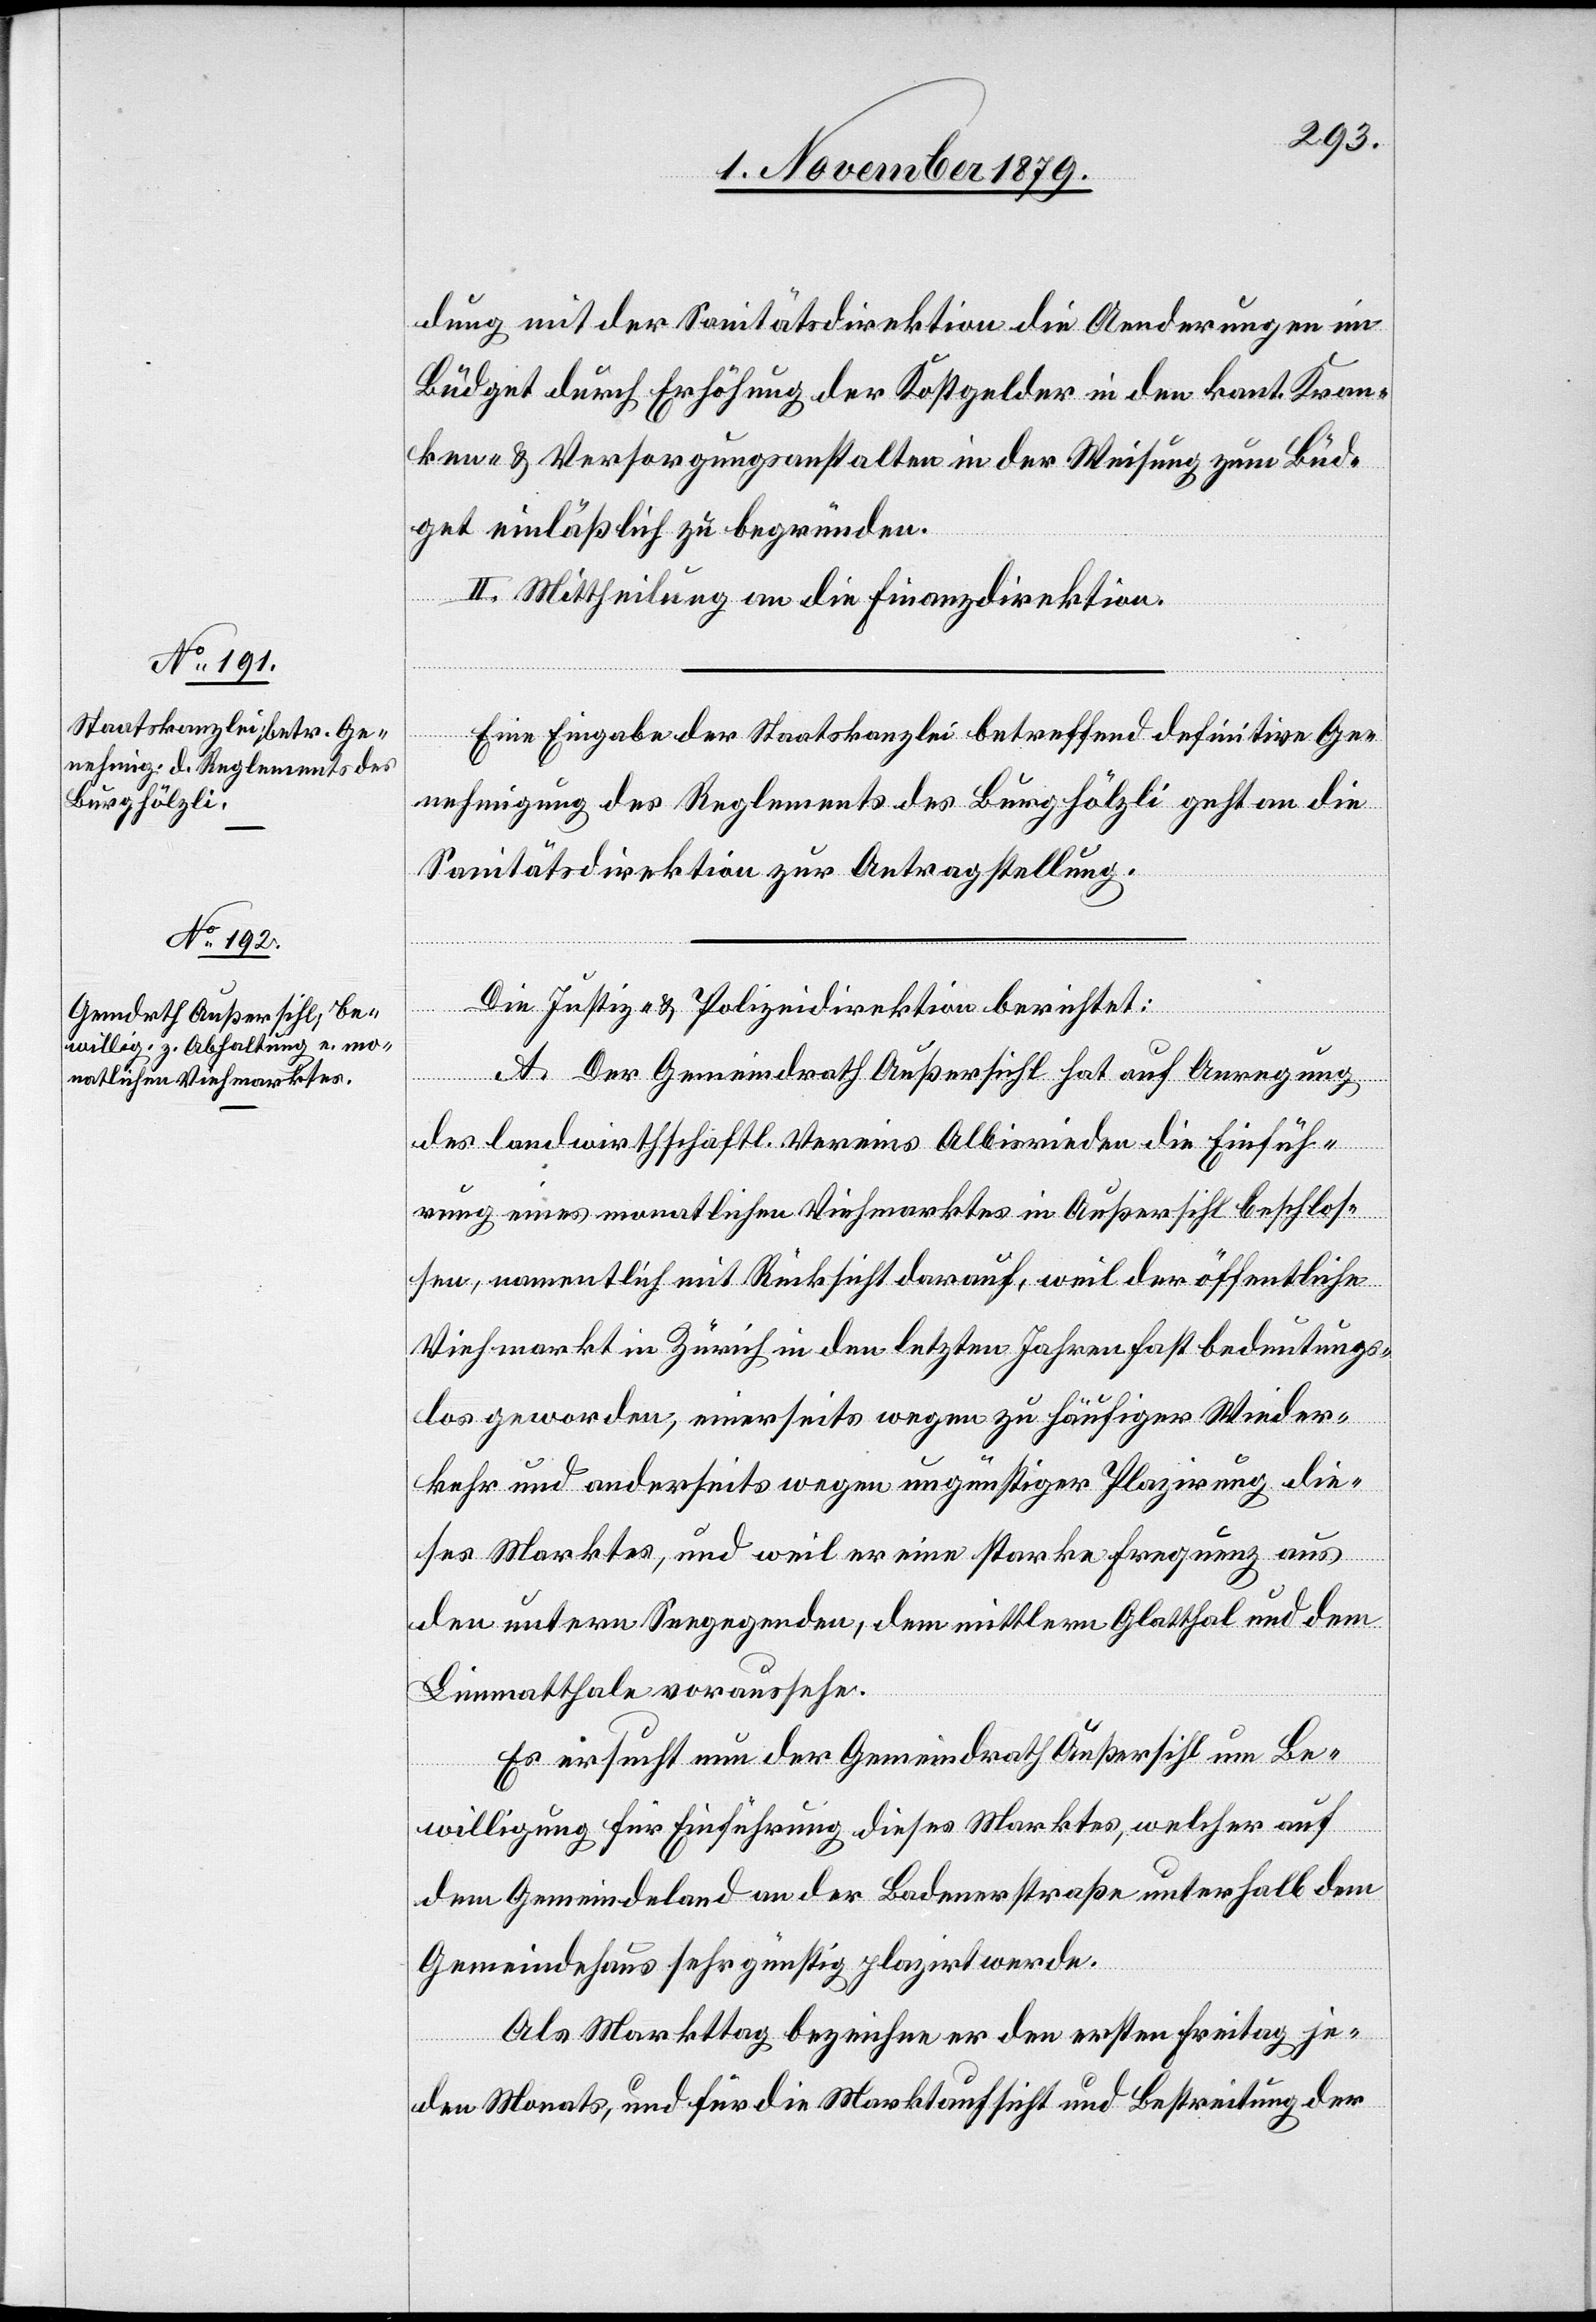
dung mit der Sanitätsdirektion die Aenderungen im
Büdget durch Erhöhung der Kostgelder in den kant. Kran¬
ken- & Versorgungsanstalten in der Weisung zum Büd¬
get einläßlich zu begründen.
II. Mittheilung an die Finanzdirektion.
Eine Eingabe der Staatskanzlei betreffend definitive Ge¬
nehmigung des Reglements des Burghölzli geht an die
Sanitätsdirektion zur Antragstellung.
Die Justiz- & Polizeidirektion berichtet:
A. Der Gemeindrath Außersihl hat auf Anregung
des landwirthschaftl. Vereins Albisrieden die Einfüh¬
rung eines monatlichen Viehmarktes in Außersihl beschlos¬
sen, namentlich mit Rücksicht darauf, weil der öffentliche
Viehmarkt in Zürich in den letzten Jahren fast bedeutungs¬
los geworden, einerseits wegen zu häufiger Wieder¬
kehr und anderseits wegen ungünstiger Plazirung die¬
ses Marktes, und weil er eine starke Frequenz aus
den untern Seegegenden, dem mittleren Glatthal und dem
Limmatthale voraussehe.
Es ersucht nun der Gemeindrath Außersihl um Be¬
willigung für Einführung dieses Marktes, welcher auf
dem Gemeindeland an der Badnerstraße unterhalb dem
Gemeindehaus sehr günstig plazirt werde.
Als Markttag bezeichne er den ersten Freitag je¬
den Monats, und für die Marktaufsicht und Bestreitung der